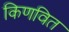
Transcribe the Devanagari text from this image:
किणवित